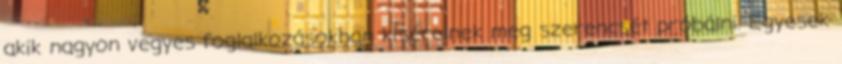
akik nagyon vegyes foglalkozásokban kísérelnek meg szerencsét próbálni. Egyesek